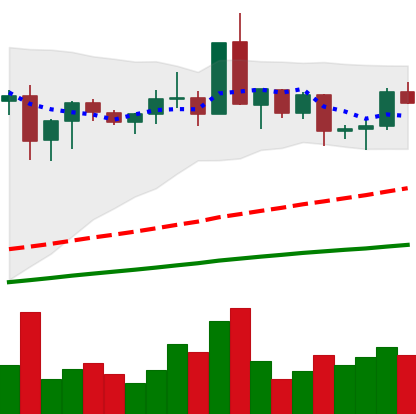
Ticker: XMR-USD
Chart end date: 2020-08-29
Forward return: -15.986%
Label: down_7plus